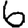
Digit: 6